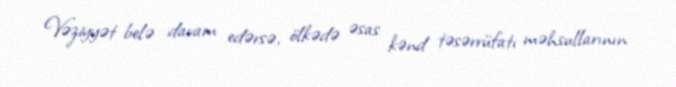
Vəziyyət belə davam edərsə, ölkədə əsas kənd təsərrüfatı məhsullarının